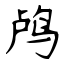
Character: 鸬